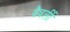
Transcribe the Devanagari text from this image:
वैवर्ली